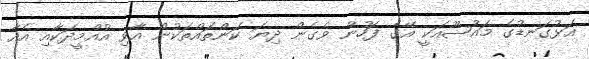
އަޅުގަނޑުގެ މައުޟޫއަކީ އޭގެ ފަހުން ވެގެން ދިޔަ ކަންތައްތަކުން އާވި އުއްމީދަކާއި އެއާ